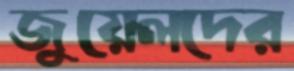
জুয়েলদের